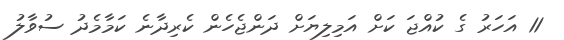
11 އަހަރު ގެ ކުއްޖަ ކަށް އަމިލިޔަށް ދަންޖެހެން ކެރިދާނެ ކަމާމެދު ސުވާލު